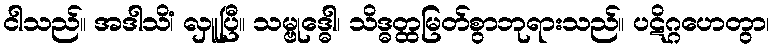
ငါသည်။ အဒါသိံ၊ လှူပြီ။ သမ္ဗုဒ္ဓေါ၊ သိဒ္ဓတ္ထမြတ်စွာဘုရားသည်။ ပဋိဂ္ဂဟေတွာ၊